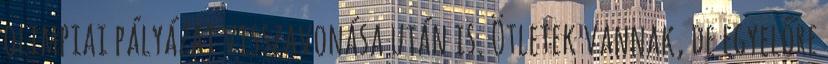
olimpiai pályázat visszavonása után is. Ötletek vannak, de egyelőre